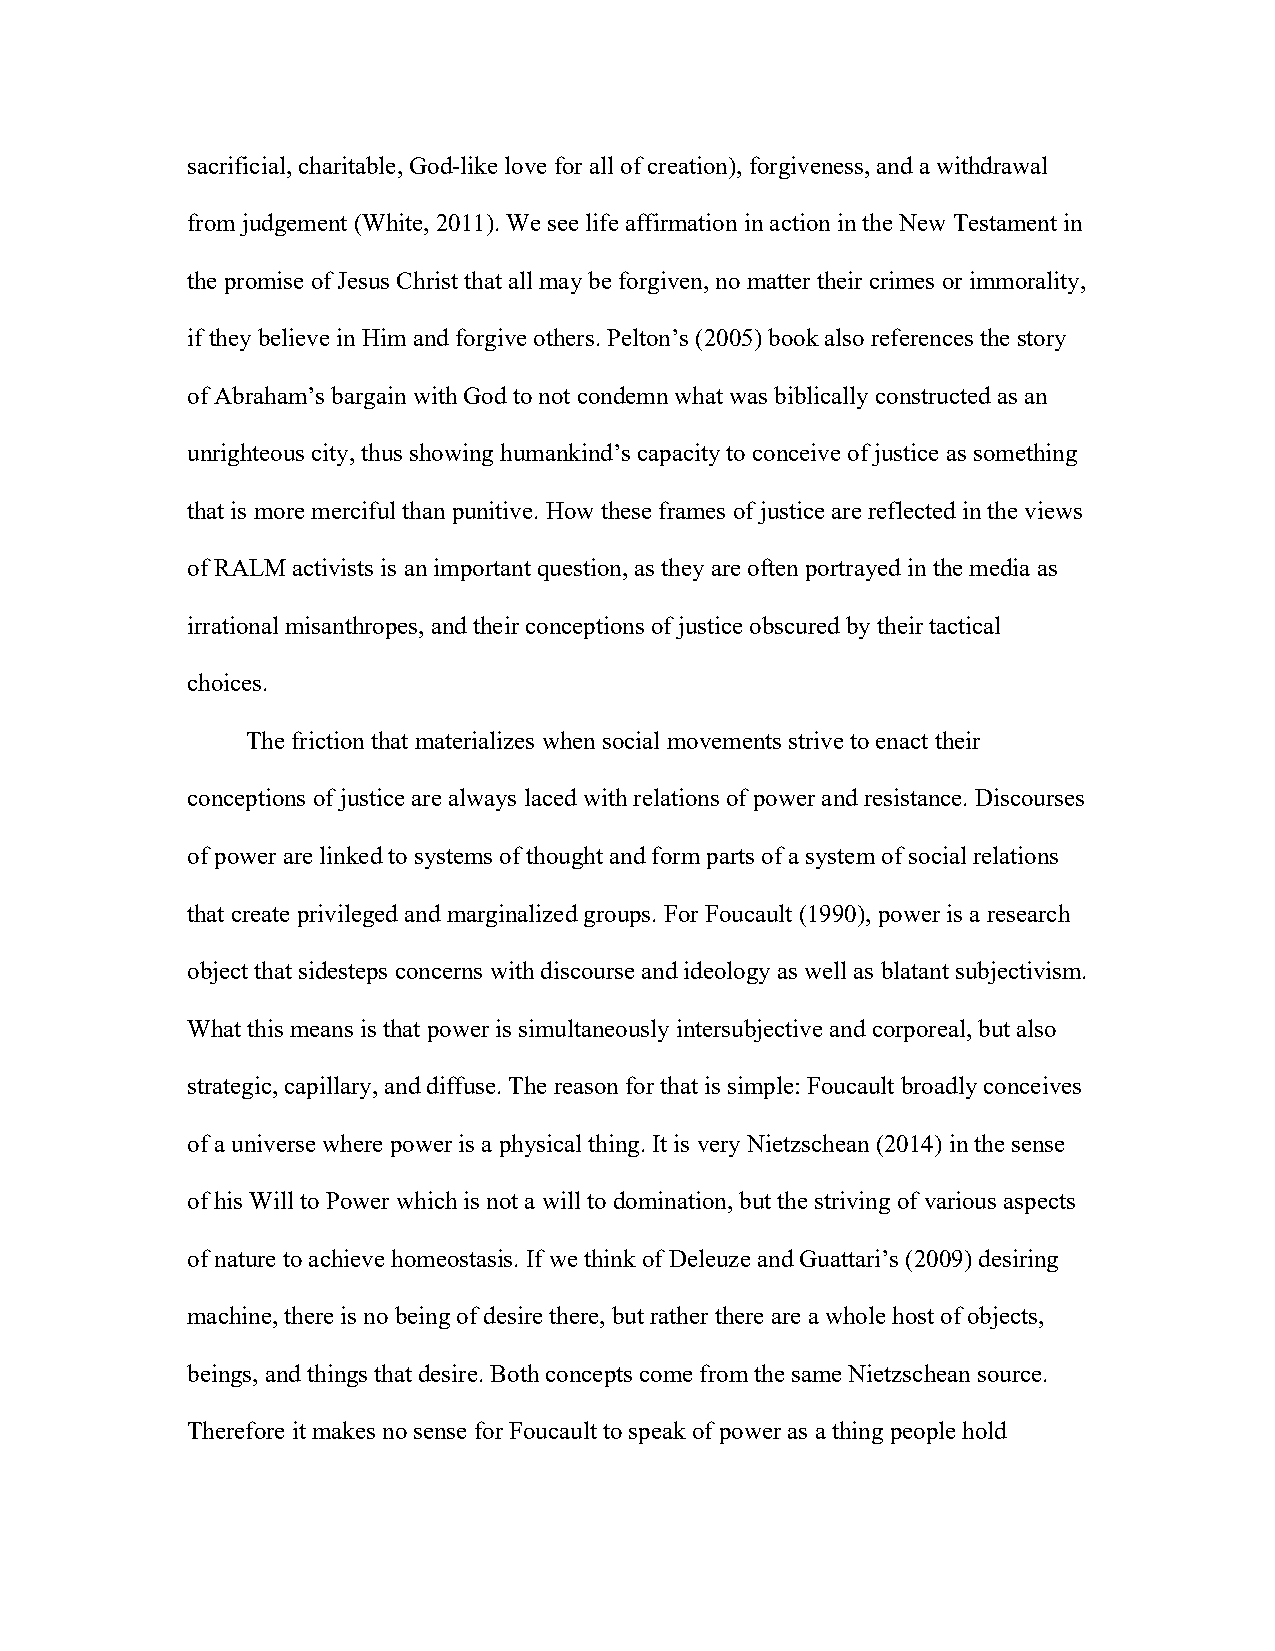
sacrificial, charitable, God-like love for all of creation), forgiveness, and a withdrawal
 from judgement (White, 2011). We see life affirmation in action in the New Testament in
 the promise of Jesus Christ that all may be forgiven, no matter their crimes or immorality,
 if they believe in Him and forgive others. Pelton’s (2005) book also references the story
 of Abraham’s bargain with God to not condemn what was biblically constructed as an
 unrighteous city, thus showing humankind’s capacity to conceive of justice as something
 that is more merciful than punitive. How these frames of justice are reflected in the views
 of RALM activists is an important question, as they are often portrayed in the media as
 irrational misanthropes, and their conceptions of justice obscured by their tactical
 choices.
 The friction that materializes when social movements strive to enact their
 conceptions of justice are always laced with relations of power and resistance. Discourses
 of power are linked to systems of thought and form parts of a system of social relations
 that create privileged and marginalized groups. For Foucault (1990), power is a research
 object that sidesteps concerns with discourse and ideology as well as blatant subjectivism.
 What this means is that power is simultaneously intersubjective and corporeal, but also
 strategic, capillary, and diffuse. The reason for that is simple: Foucault broadly conceives
 of a universe where power is a physical thing. It is very Nietzschean (2014) in the sense
 of his Will to Power which is not a will to domination, but the striving of various aspects
 of nature to achieve homeostasis. If we think of Deleuze and Guattari’s (2009) desiring
 machine, there is no being of desire there, but rather there are a whole host of objects,
 beings, and things that desire. Both concepts come from the same Nietzschean source.
 Therefore it makes no sense for Foucault to speak of power as a thing people hold